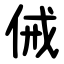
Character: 㑘